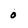
Character: 0